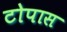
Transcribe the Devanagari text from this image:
टोपास